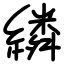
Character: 繗